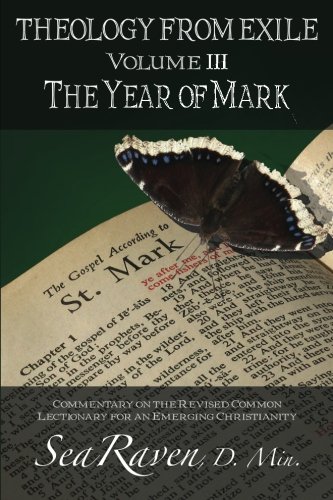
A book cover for Theology From Exile Volume III: The Year of Mark (Volume 3); Sea Raven; Christian Books & Bibles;